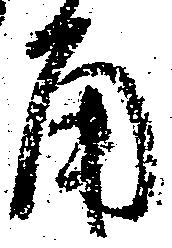
角